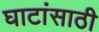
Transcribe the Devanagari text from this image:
घाटांसाठी